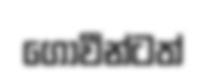
ගොවීන්ටත්